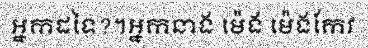
អ្នកដទៃ?។អ្នកនាង ម៉េង ម៉េងកែវ